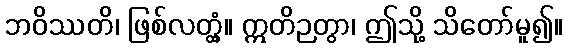
ဘဝိဿတိ၊ ဖြစ်လတ္တံ့။ ဣတိဉတွာ၊ ဤသို့ သိတော်မူ၍။